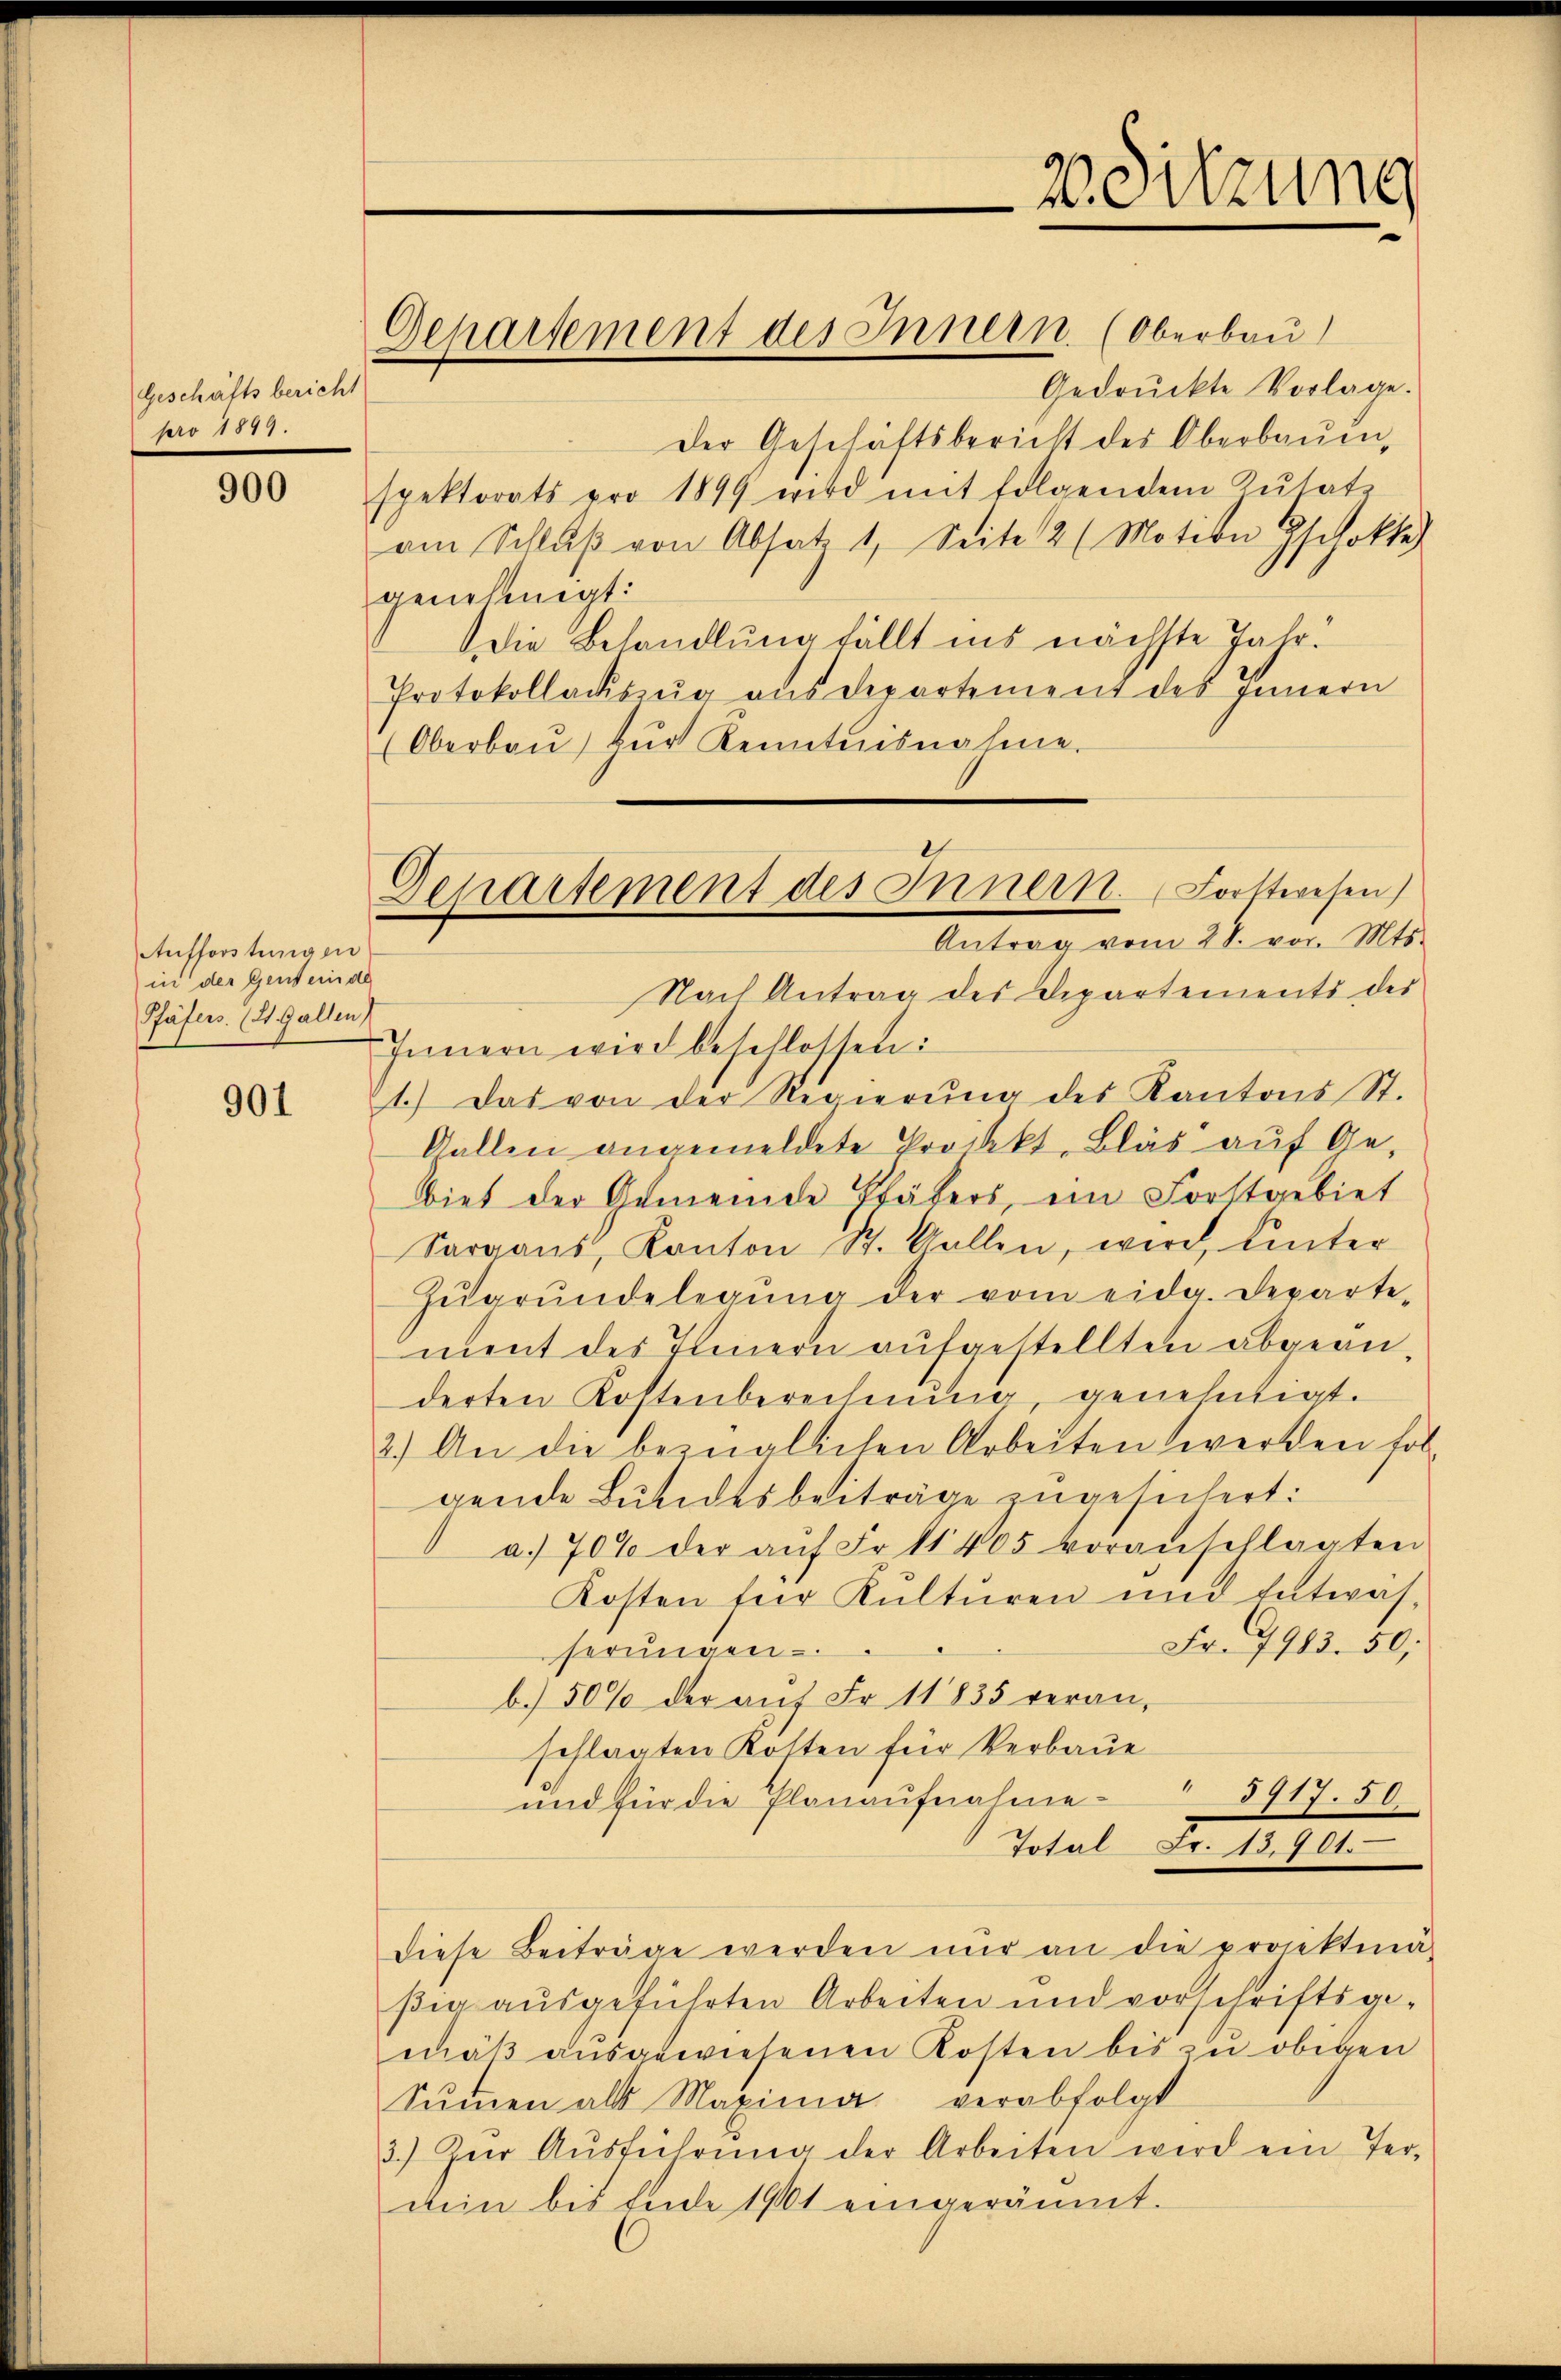
Geschäfts bericht
pro 1899.

900

Aufforstungen
in der Gent ein de
Päfers. (21. Gallen,

901

Gedrückte Vorlage.
Der Geschäftsbericht des Oberbauin,
spektorats pro 1899 wird mit folgendem Zusatz
am Schlŭβ von Absatz 1. Seite 12 (Motion Gschokles
genehmigt:
Die Behandlung fällt ins nächste Jahr!
Protokollacszŭg aŭs departement des Innern
(Oberbaŭ zŭr Kenntnisnahme.
Nach Antrag des Departements des
Innern wird beschlossen:
1.) Das von der Regierŭng des Kantons St.
Gallen angemeldete Projekt. Blas auf Gebiet der Gemeinde Thäters, ein Forstgebiet
Sargans, Kanton St. Gallen, wird, hinter
Zŭgrŭndelegŭng der vom eidg. Departe-
nent des Innern aufgestellten abgeänderten Kostenberechnung, genehmigt.
2.) An die bezüglichen Arbeiten werden fol
gende Lundesbeiträge angesichert:
a. 70% der aŭf Fr. 11405 voranschlagten
Kosten für Kulturen und Entwäs-
Fr. 7983. 50;
herŭngen.
b.) 50% der aŭf Fr. 11835 veran-
schlagten Kosten für Verbaue
und für die Planaufnahme 3917. 50.
Total Fr. 13901
diese Beiträge werden nŭr an die projektina-
ßig ausgeführten Arbeiten und vorschriftsgemäß ausgewiesenen Kosten bis zu obigen
Sŭṁen als Maxima verabfolgt
3.) Zŭr Aŭsführŭng der Arbeiten wird ein Ter-
den bis Ende 1901 eingeräumt.

Departement des Innern (Oberbau

Dchartement des Innern. Forttwesen)
Antrag vom 28. vor. Mts.

Wortzung